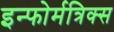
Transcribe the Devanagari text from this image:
इन्फोर्मत्रिक्स